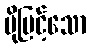
ပိုမြင့်သော